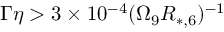
\Gamma \eta > 3 \times 1 0 ^ { - 4 } ( \Omega _ { 9 } R _ { * , 6 } ) ^ { - 1 }